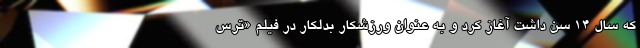
که سال ۱۴ سن داشت آغاز کرد و به عنوان ورزشکار بدلکار در فیلم «ترس